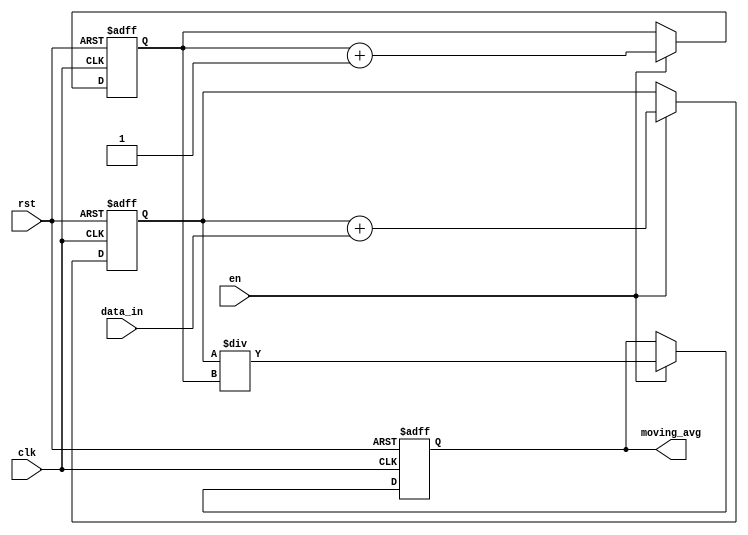
module moving_average_accumulator(
    input wire clk,
    input wire rst,
    input wire en,
    input wire [7:0] data_in,
    output reg [15:0] moving_avg);

reg [15:0] running_total;
reg [3:0] sample_count;

always @ (posedge clk or posedge rst)
begin
    if (rst)
    begin
        running_total <= 0;
        sample_count <= 0;
        moving_avg <= 0;
    end
    else if (en)
    begin
        running_total <= running_total + data_in;
        sample_count <= sample_count + 1;
        moving_avg <= running_total / sample_count;
    end
end

endmodule